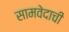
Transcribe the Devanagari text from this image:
सामवेदाची